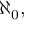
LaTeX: \aleph _ { 0 } ,